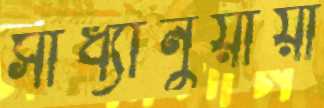
সাধ্যানুয়ায়ী